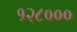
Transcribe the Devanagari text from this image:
१२८०००